Bombay plague: being a history of the progress of plague in the Bombay presidency from September 1896 to June 1899
Year: 1896
Disease focus: Plague
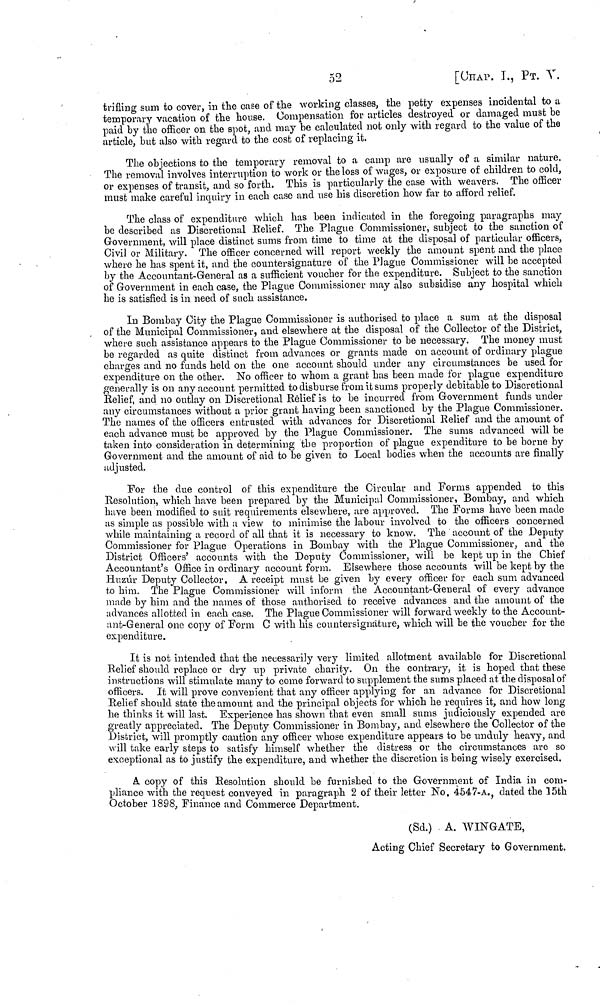
52
[CHAP. I., ΡT. V.
trifling sum to cover, in the case of the working classes, the petty expenses incidental to a
temporary vacation of the house. Compensation for articles destroyed or damaged must be
paid by the officer on the spot, and may be calculated not only with regard to the value of the
article, but also with regard to the cost of replacing it.
The objections to the temporary removal to a camp are usually of a similar nature.
The removal involves interruption to work or the loss of wages, or exposure of children to cold,
or expenses of transit, and so forth. This is particularly the case with weavers. The officer
must make careful inquiry in each case and use his discretion how far to afford relief.
The class of expenditure which has been indicated in the foregoing paragraphs may
be described as Discretional Relief. The Plague Commissioner, subject to the sanction of
Government, will place distinct sums from time to time at the disposal of particular officers,
Civil or Military. The officer concerned will report weekly the amount spent and the place
where he has spent it, and the countersignature of the Plague Commissioner will be accepted
by the Accountant-General as a sufficient voucher for the expenditure. Subject to the sanction
of Government in each case, the Plague Commissioner may also subsidise any hospital which
he is satisfied is in need of such assistance.
In Bombay City the Plague Commissioner is authorised to place a sum at the disposal
of the Municipal Commissioner, and elsewhere at the disposal of the Collector of the District,
where such assistance appears to the Plague Commissioner to be necessary. The money must
be regarded as quite distinct from advances or grants made on account of ordinary plague
charges and no funds held on the one account should under any circumstances be used for
expenditure on the other. No officer to whom a grant has been made for plague expenditure
generally is on any account permitted to disburse from it sums properly debitable to Discretional
Belief, and no outlay on Discretional Relief is to be incurred from Government funds under
any circumstances without a prior grant having been sanctioned by the Plague Commissioner.
The names of the officers entrusted with advances for Discretional Relief and the amount of
each advance must be approved by the Plague Commissioner. The sums advanced will be
taken into consideration in determining the proportion of plague expenditure to be borne by
Government and the amount of aid to be given to Local bodies when the accounts are finally
adjusted.
For the due control of this expenditure the Circular and Forms appended to this
Resolution, which have been prepared by the Municipal Commissioner, Bombay, and which
have been modified to suit requirements elsewhere, are approved. The Forms have been made
as simple as possible with a view to minimise the labour involved to the officers concerned
while maintaining a record of all that it is necessary to know. The account of the Deputy
Commissioner for Plague Operations in Bombay with the Plague Commissioner, and the
District Officers' accounts with the Deputy Commissioner, will be kept up in the Chief
Accountant's Office in ordinary account form. Elsewhere those accounts will be kept by the
Huzúr Deputy Collector. A receipt must be given by every officer for each sum advanced
to him. The Plague Commissioner will inform the Accountant-General of every advance
made by him and the names of those authorised to receive advances and the amount of the
advances allotted in each case. The Plague Commissioner will forward weekly to the Account-
ant-General one copy of Form C with his counter signature, which will be the voucher for the
expenditure.
It is not intended that the necessarily very limited allotment available for Discretional
Relief should replace or dry up private charity. On the contrary, it is hoped that these
instructions will stimulate many to come forward to supplement the sums placed at the disposal of
officers. It will prove convenient that any officer applying for an advance for Discretional
Relief should state the amount and the principal objects for which he requires it, and how long
he thinks it will last. Experience has shown that even small sums judiciously expended are
greatly appreciated. The Deputy Commissioner in Bombay, and elsewhere the Collector of the
District, will promptly caution any officer whose expenditure appears to be unduly heavy, and
will take early steps to satisfy himself whether the distress or the circumstances are so
exceptional as to justify the expenditure, and whether the discretion is being wisely exercised.
A copy of this Resolution should be furnished to the Government of India in com-
pliance with the request conveyed in paragraph 2 of their letter No. 4547-A., dated the 15th
October 1898, Finance and Commerce Department.
(Sd.) - A. WINGATE,
Acting Chief Secretary to Government.